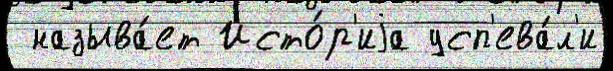
 называ́ет Исто́р'иjа усп'ева́л'и